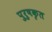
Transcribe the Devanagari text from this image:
पुरुषकृत